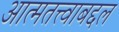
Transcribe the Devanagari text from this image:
आत्मतत्त्वाबद्दल